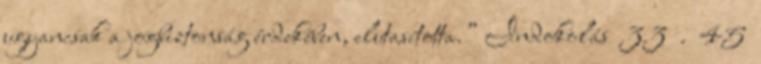
ugyancsak a jogbiztonság érdekében, elutasította.” Indokolás 33 . 45